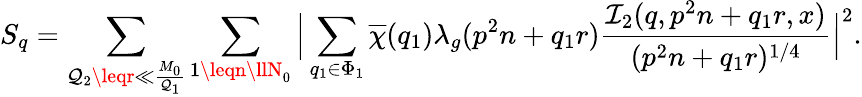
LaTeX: S_{q}=\sum_{\mathcal{Q}_{2}\leqr\ll\frac{{M_{0}}}{{\mathcal{Q}_{1}}}}\sum_{1\leqn\llN_{0}}\Big|\sum_{q_{1}\in\Phi_{1}}\overline{{{\chi}}}(q_{1})\lambda_{g}(p^{2}n+q_{1}r)\frac{{\mathcal{{I}}_{2}(q,p^{2}n+q_{1}r,x)}}{{(p^{2}n+q_{1}r)^{1/4}}}\Big|^{2}.